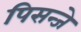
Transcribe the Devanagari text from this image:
पिसन्जे